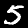
Digit: 5